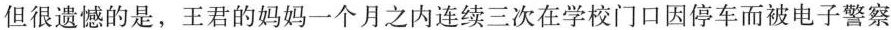
但很遗憾的是，王君的妈妈一个月之内连续三次在学校门口因停车而被电子警察